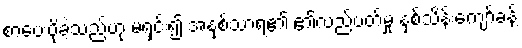
စာပေးပို့ခဲ့သည်ဟု မရှင်း၍ အနှစ်သာရ၏ ၏လည်ပတ်မှု နှစ်သိန်းကျော်ခန့်